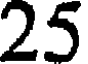
25